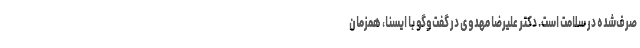
صرف‌شده در سلامت است. دکتر علیرضا مهدوی در گفت‌وگو با ایسنا،‌ همزمان